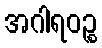
အဂါရဝဉ္စ